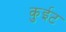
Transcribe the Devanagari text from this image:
कुईट